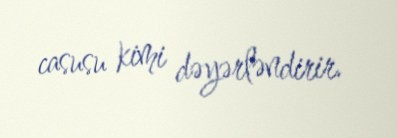
casusu kimi dəyərləndirir.